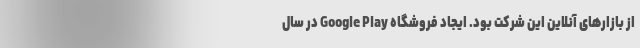
از بازارهای آنلاین این شرکت بود. ایجاد فروشگاه Google Play در سال